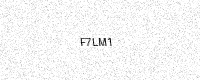
Text: F7LM1